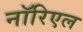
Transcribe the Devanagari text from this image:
नॉरिएल